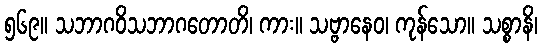
၅၆၉။ သဘာဂဝိသဘာဂတောတိ၊ ကား။ သဗ္ဗာနေဝ၊ ကုန်သော။ သစ္စာနိ၊